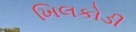
ખિલકોડી